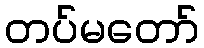
တပ်မတော်